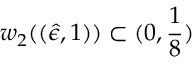
w _ { 2 } ( ( \hat { \epsilon } , 1 ) ) \subset ( 0 , \frac { 1 } { 8 } )